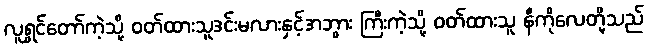
လူရွှင်တော်ကဲ့သို့ ဝတ်ထားသူဒင်းမလားနှင့်အဘွား ကြီးကဲ့သို့ ဝတ်ထားသူ နီကိုလေတို့သည်